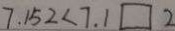
7 . 1 5 2 < 7 . 1 \square 2